Annual report of the Punjab Veterinary College and of the Civil Veterinary Department, Punjab - 1926-1932
Year: 1926
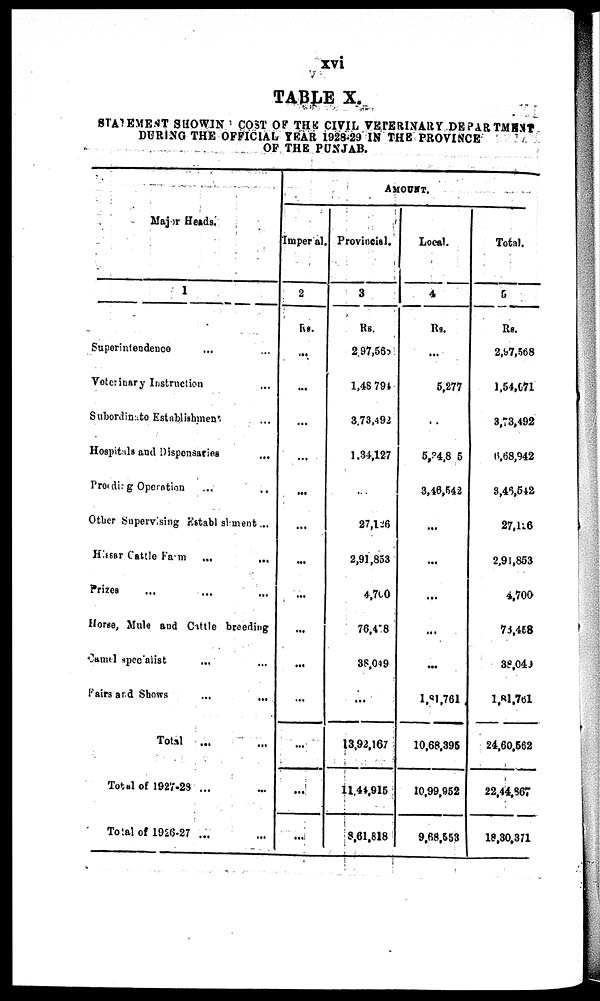
xvi
TABLE X.
STATEMENT SHOWING COST OF THE CIVIL VETERINARY DEPARTMENT
DURING THE OFFICIAL YEAR 1928-29 IN THE PROVINCE
OF THE PUNJAB.
Major Heads.
1
Superintendence ... ...
Veterinary Instruction ...
Subordinate Establishment ...
Hospitals and Dispensaries ...
Procding Operation ... ...
Other Supervising Establishment ...
Hissar Cattle Farm ... ...
Prizes ... ... ...
Horse, Mule and Cittle breeding
Camel specialist ... ...
Fairs and Shows
...
...
Total
... ...
Total of 1927-28 ... ...
Total of 1926-27 ... ...
AMOUNT.
Imper al.
2
Rs.
...
...
...
...
...
...
...
...
...
...
...
...
...
...
Provincial.
3
Rs.
2,97,568
1,48 794
3.73,493
1.34,127
...
27,126
2,91,853
4,700
76,4"8
38,049
...
13,92,167
11,44,915
8,61,818
Local.
4
Rs.
...
5,277
..
5,24,85
3,46,542
...
...
...
...
...
1,81,761
10,68,395
10,99,952
9,68,553
Total.
5
Rs.
2,97,568
1,54,671
3,73,492
6,68,942
3,46,542
27,116
2,91,853
4,700
73,458
38,040
1,81,761
24,60,562
22,44,867
18,30,371